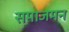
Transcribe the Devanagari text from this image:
समाजमन